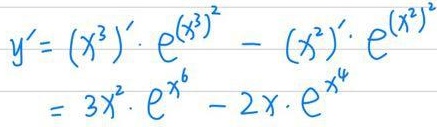
\[
\begin{align*}
y'&=(x^{3})'\cdot e^{(x^{3})^{2}}-(x^{2})'\cdot e^{(x^{2})^{2}}\\
&=3x^{2}\cdot e^{x^{6}} - 2x\cdot e^{x^{4}}
\end{align*}
\]